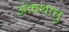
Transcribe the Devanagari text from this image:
अंकथात्तु